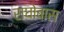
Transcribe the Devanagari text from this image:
राघोबास